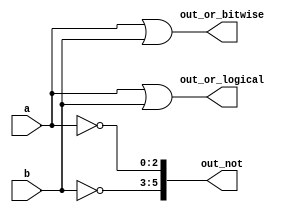
module top_module( 
    input [2:0] a,
    input [2:0] b,
    output [2:0] out_or_bitwise,
    output out_or_logical,
    output [5:0] out_not
);

assign out_or_bitwise = a | b;
assign out_or_logical = a || b; //logical OR
assign out_not[5:3] = ~b; //bitwise NOT
assign out_not[2:0] = ~a;
endmodule